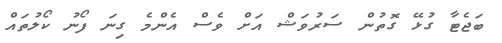
ބަޖެޓާ ގުޅޭ ގޮތުން ސަރުވަޝް އަށް ވެސް އެންމެ ގިނަ ފޯނު ކޯލުތައް